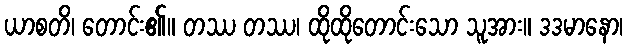
ယာစတိ၊ တောင်း၏။ တဿ တဿ၊ ထိုထိုတောင်းသော သူအား။ ဒဒမာနော၊